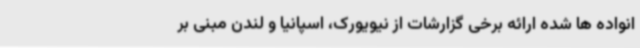
انواده ها شده ارائه برخی گزارشات از نیویورک، اسپانیا و لندن مبنی بر